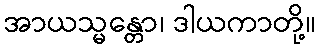
အာယသ္မန္တော၊ ဒါယကာတို့။